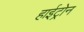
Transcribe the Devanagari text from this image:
हाईट्रोन